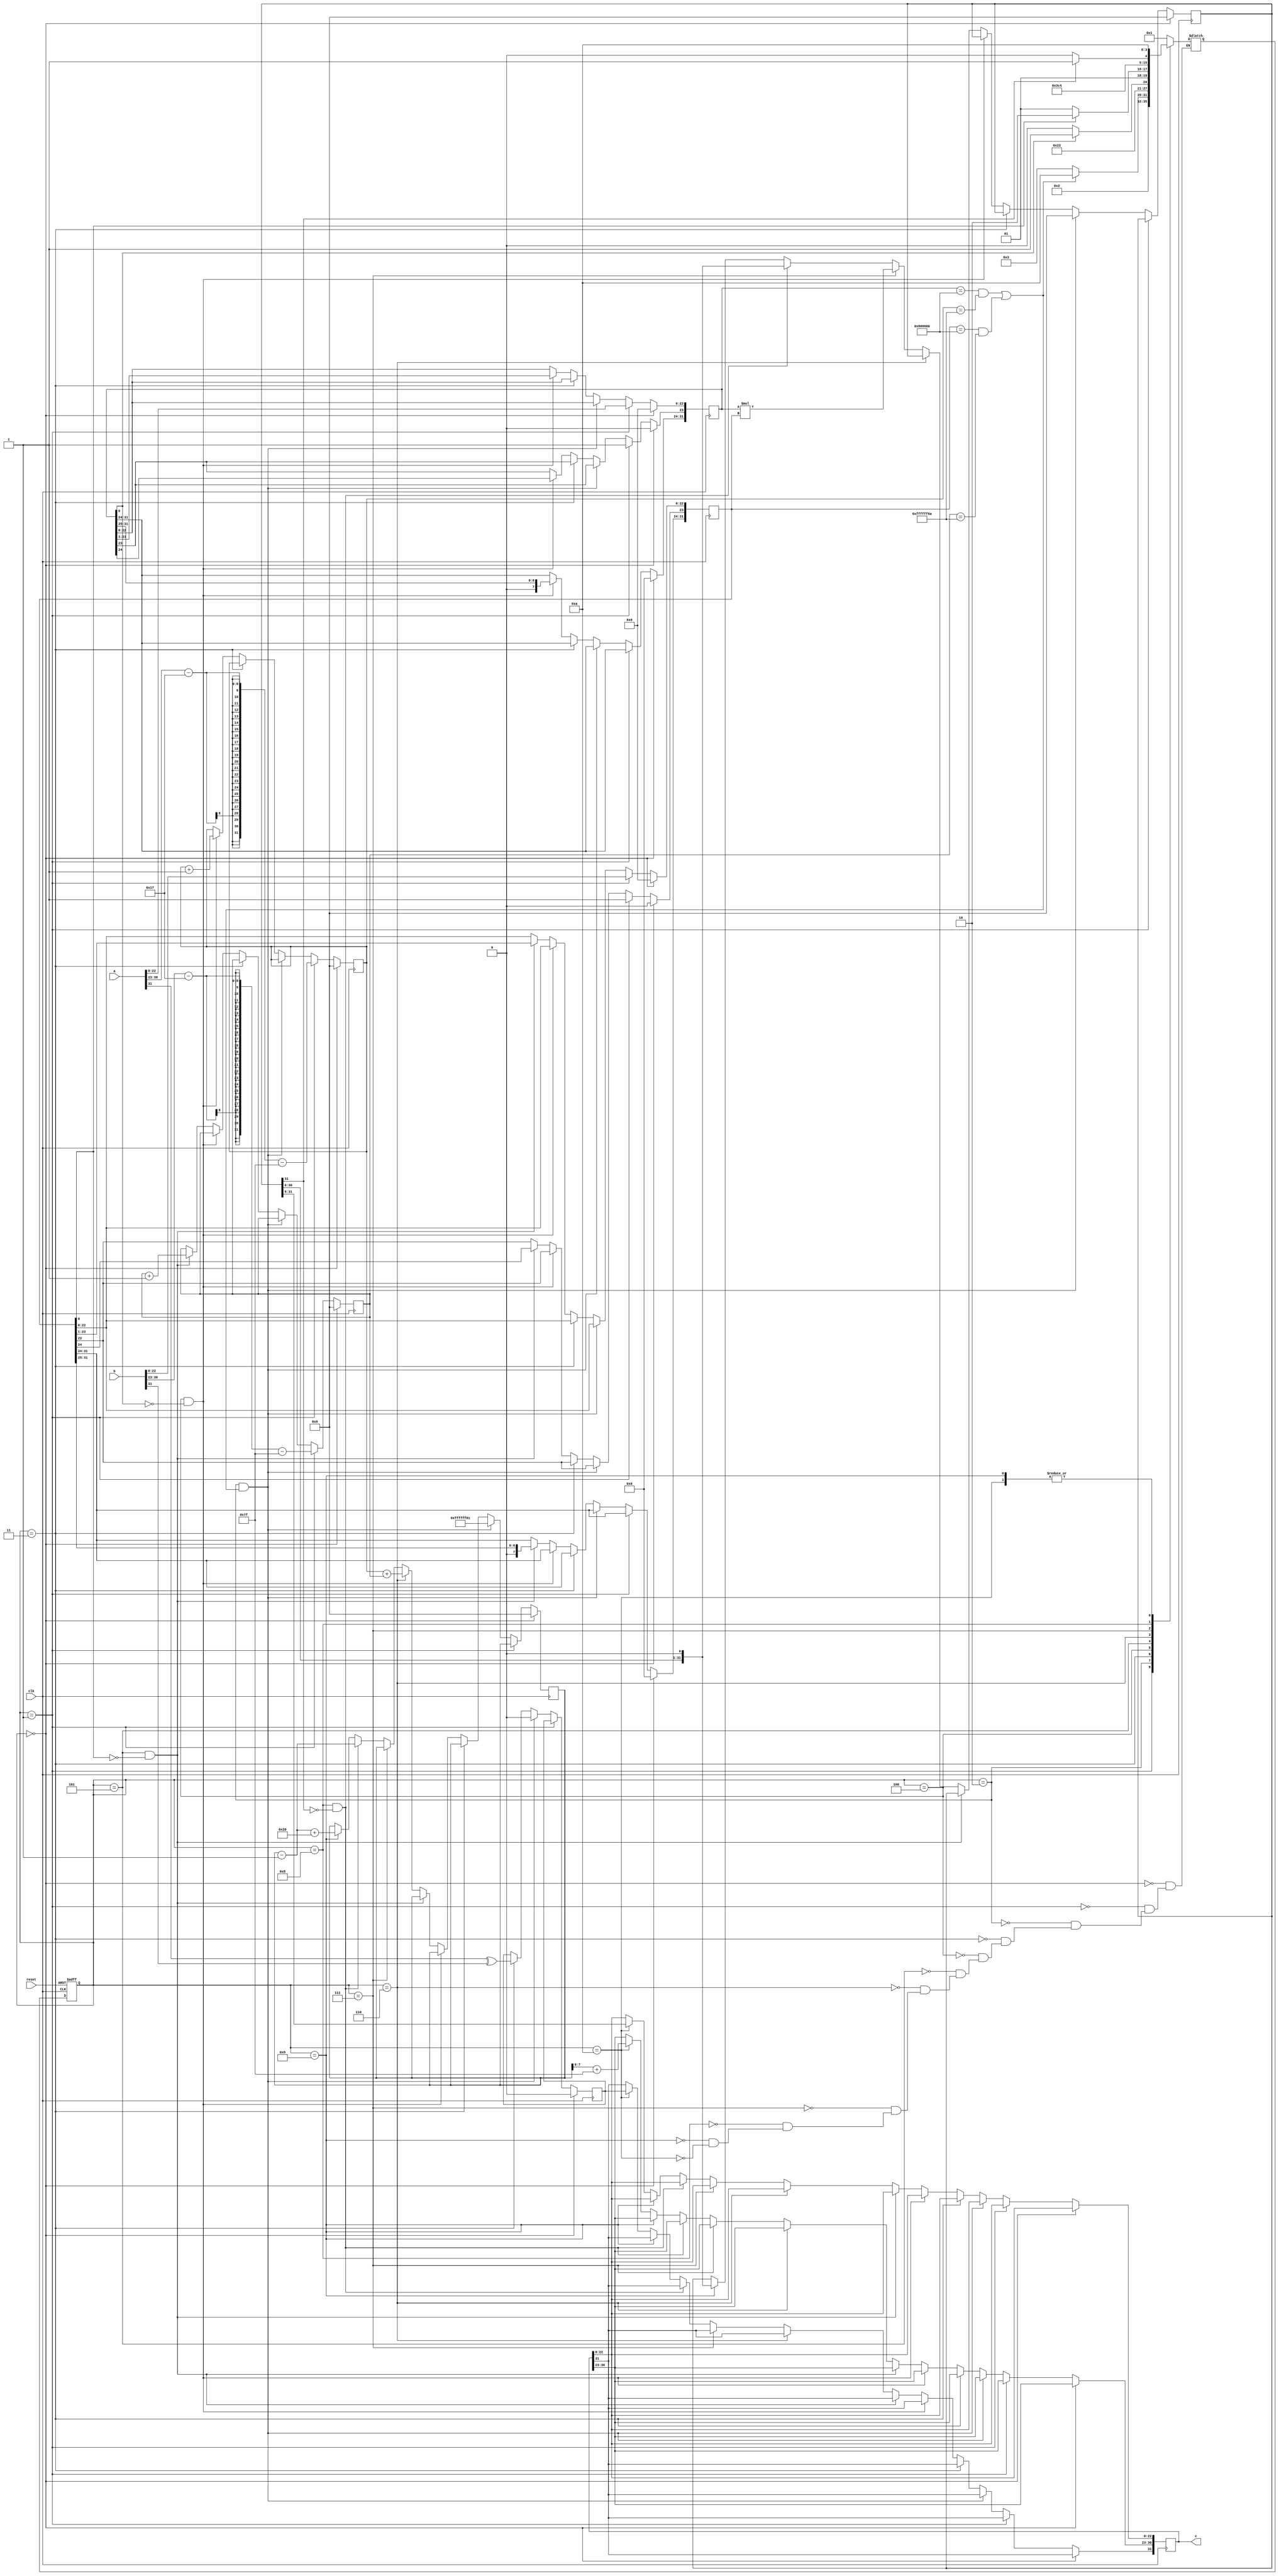
`timescale 1ns / 1ps
//////////////////////////////////////////////////////////////////////////////////
// Company: 
// Engineer: 
// 
// Design Name: 
// Module Name: multi_flotante
// Project Name: 
// Target Devices: 
// Tool Versions: 
// Description: 
// 
// Dependencies: 
// 
// Revision:
// Revision 0.01 - File Created
// Additional Comments:
// 
//////////////////////////////////////////////////////////////////////////////////


module multi_flotante(

    input clk,reset,
    input [31:0]a,b,
    output reg [31:0]c
    );
    
    parameter S_inicial = 4'b0000; /* 
    - todos los registos a 0 */
    parameter S_asignacion = 4'b0001; /*
    - se asigna los valores a,b a los registros segun corresponda 
    - antes de pasar la mantisa al registro, la mantisa tiena la siguiente forma 10100000 = 1.101
    - al pasar al registro toma la siguiente forma 10100000 con exponente 2^-8
    - una vez hecho esto con a y b estamos listos para hacer operaciones normales */
    parameter S_cero = 4'b0010; /* 
    - si alguna mantisa es 0 se acaba la logica */
    parameter S_signos = 4'b0011; /* 
    - se genera el signo de c */
    parameter S_mantisa_a= 4'b0100; /*
    - podriamos trabajar asi, pero se busca que la multiplicacion de registros mantisas no sea tan grande ( 10010000000 * 10100000000)
    - lo que hacemos es dividir el registro mantisa entre 2 y multiplicar el registro exponente por 2 hasta que no se tenga 0 a la derecha.
    - mantisa a la derecha */
    parameter S_mantisa_b = 4'b0101; /* 
    - hacemos lo mismo aqui... */
    parameter S_exponentes = 4'b0110; /* 
    - obtenemos exponente de c */
    parameter S_multipli = 4'b0111; /* 
    - obtenemos mantisa de c */
    parameter S_mantisa_c = 4'b1000; /* 
    - aqui ya nos olvidamos del registro, la idea es pasarlo al formato IEEE 754 
    - usamos esta ecuacion: [BUS] - [0 en la izquierda] = [numero normalizado] */
    parameter S_mantisa_c_2 = 4'b1001;/*
    - */
    parameter S_fin = 4'b1010; /* 
    - fin */
      
    reg [3:0] state,nextstate;

      
    /* los registros son memorias lo suficientemente grandes
    para hacer operaciones sin tener la preocupacion de tener 
    un overflow */
    reg [31:0]exp_a;
    reg [31:0]exp_b;
    reg [31:0]exp_c;
    reg [31:0]man_a;
    reg [31:0]man_b;
    reg [31:0]man_c;
    reg sig_c;
    
    // state register
    always@(posedge clk, posedge reset)begin
        if(reset) state <= S_inicial;
        else      state <= nextstate;
    end
    
    // nextstate logic 
    always@* begin
        case(state)
            S_inicial: 
                nextstate = S_asignacion;
                
            S_asignacion:
                nextstate = S_cero;
                
            S_cero: 
                if( (man_a == 32'h00800000 && exp_a == 32'hFFFFFF6A) || (man_b == 32'h00800000 && exp_b == 32'hFFFFFF6A) ) nextstate = S_fin;
                else nextstate = S_signos;
            
            S_signos: 
                nextstate = S_mantisa_a;
                                
            S_mantisa_a: 
                if(man_a[0]==0)nextstate = S_mantisa_a;  
                else           nextstate = S_mantisa_b;           
            
            S_mantisa_b: 
                if(man_b[0]==0)nextstate = S_mantisa_b;   
                else           nextstate = S_exponentes; 
            
            S_exponentes: 
                nextstate = S_multipli;            
            
            S_multipli: 
                nextstate = S_mantisa_c; 
                
            S_mantisa_c: 
                if(man_c[31]==0)nextstate = S_mantisa_c;   
                else            nextstate = S_mantisa_c_2; 
                
            S_mantisa_c_2:
                nextstate = S_fin; 
           
            S_fin:
                nextstate = S_fin;
             
        endcase
    end
        
    // output logic
    always@(posedge clk) begin
        if(state == S_inicial)begin
            exp_a <= 0;
            exp_b <= 0;
            exp_c <= 0;
            man_a <= 0;
            man_b <= 0;
            man_c <= 0;
            sig_c <= 0;
        end
        
        else if(state == S_asignacion)begin
            exp_a <= a[30:23] - 23 - 127;
            exp_b <= b[30:23] - 23 - 127;
            man_a[23] <= 1'b1;
            man_b[23] <= 1'b1;
            man_a[22:0] <= a[22:0];
            man_b[22:0] <= b[22:0];
        end
    
        else if(state == S_cero && ( (man_a == 32'h00800000 && exp_a == 32'hFFFFFF6A) || (man_b == 32'h00800000 && exp_b == 32'hFFFFFF6A) ) )begin
            sig_c <= 0;
            man_c <= 0;
            exp_c <= 32'hFFFFFF81; // = -127 es el menor exponente que se pueda tener segun IEEE 754
        end

        else if(state == S_signos)
            sig_c <= a[31] ^ b[31];        

        else if(state == S_mantisa_a && man_a[0]==0)begin 
            man_a <= man_a >> 1;
            exp_a <= exp_a + 1;
        end        
        
        else if(state == S_mantisa_b && man_b[0]==0)begin 
            man_b <= man_b >> 1;
            exp_b <= exp_b + 1;
        end
        
        else if(state == S_exponentes) 
            exp_c <= exp_a + exp_b;

        else if(state == S_multipli) 
            man_c <= man_a * man_b;
        
        else if(state == S_mantisa_c && man_c[31]==0)begin
            man_c <= man_c << 1;
            exp_c <= exp_c - 1;
        end
        
        else if(state == S_mantisa_c_2)begin
            man_c <= man_c << 1;
            exp_c <= exp_c - 1 + 32;
        end
        
        else if(state == S_fin)begin
            c[31] <= sig_c;
            c[30:23] <= exp_c[7:0] + 127;
            c[22:0] <=man_c[31:9];
        end
    end
endmodule